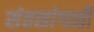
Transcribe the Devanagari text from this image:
संतसांगाती